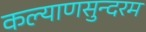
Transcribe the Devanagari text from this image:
कल्याणसुन्दरम